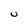
Character: U